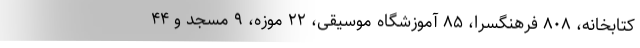
کتابخانه، ۸۰۸ فرهنگسرا، ۸۵ آموزشگاه موسیقی، ۲۲ موزه، ۹ مسجد و ۴۴